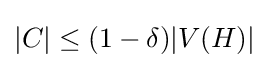
|C|\leq (1-\delta )|V(H)|